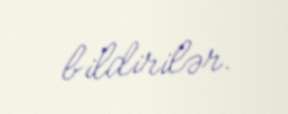
bildirilər.